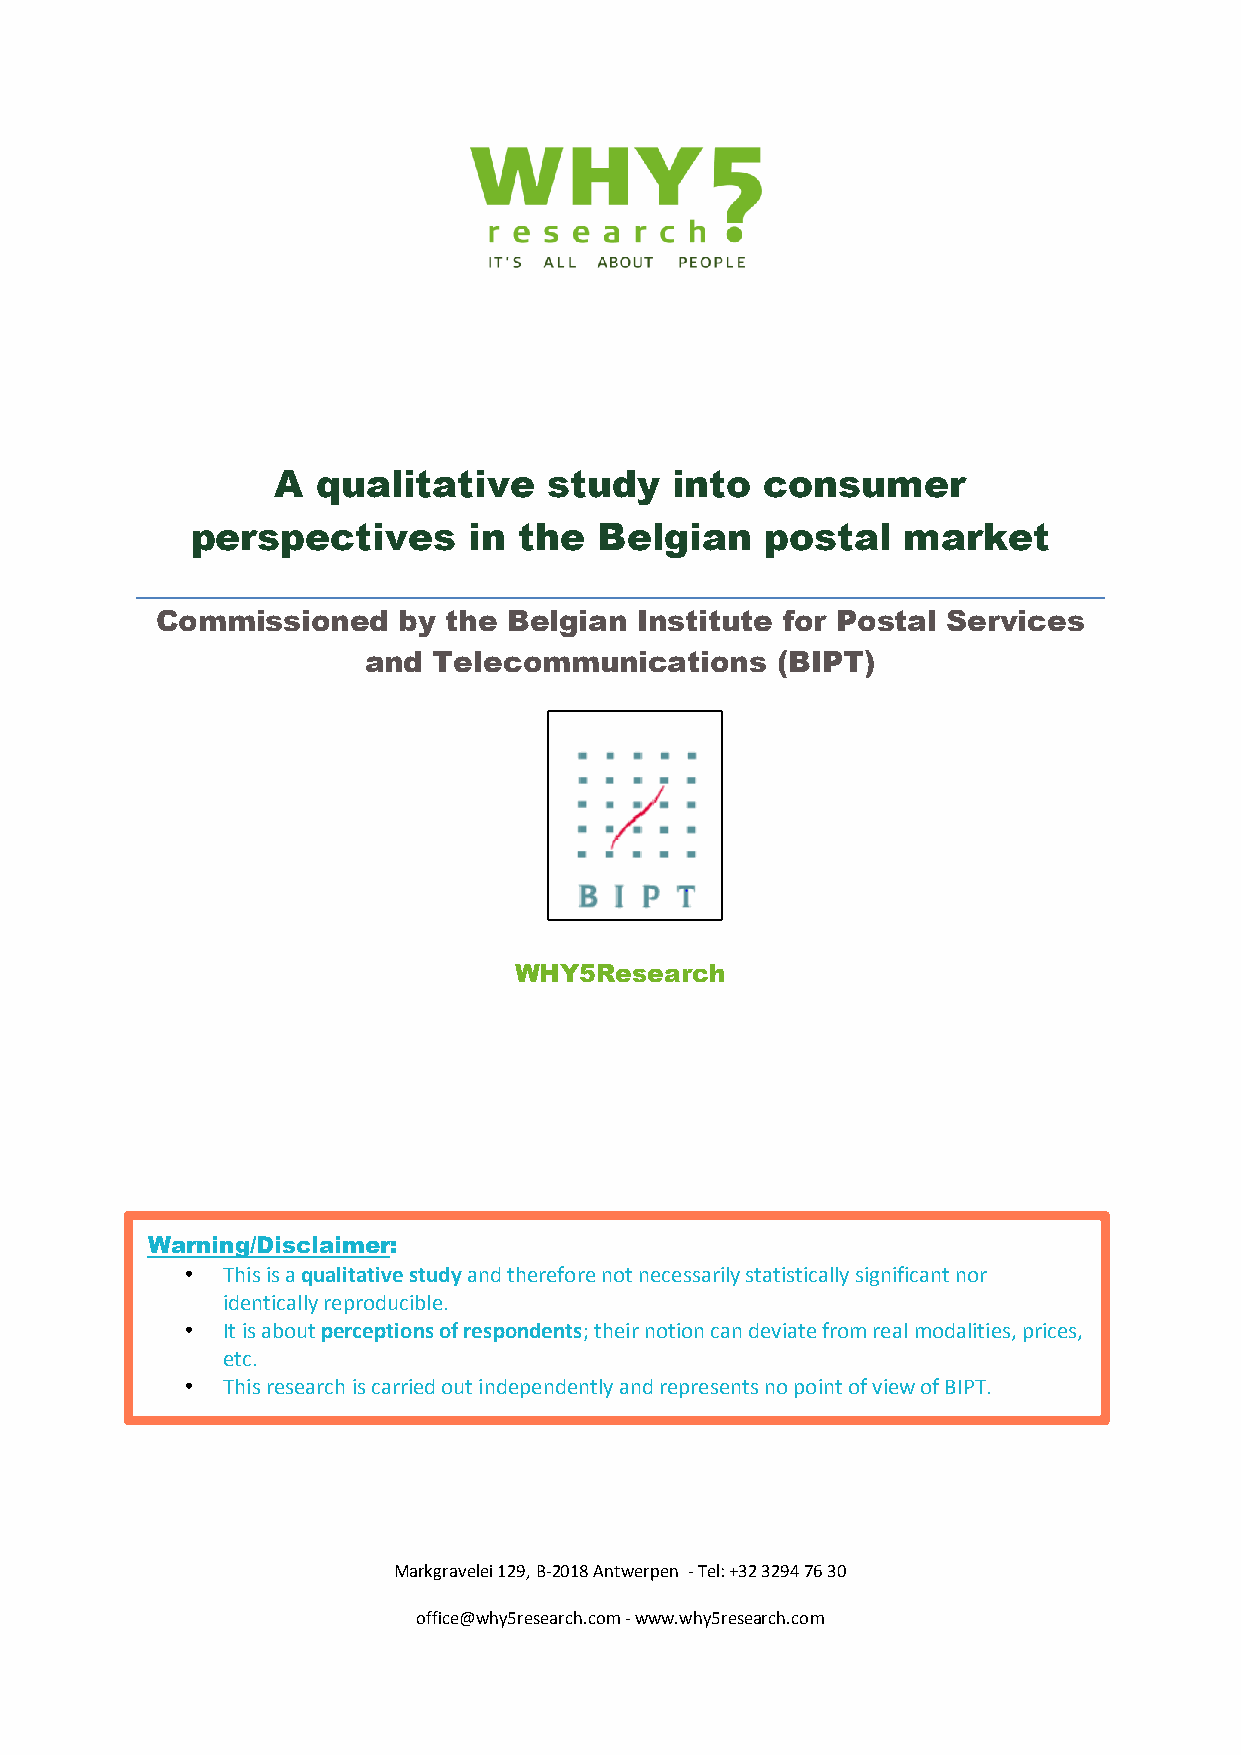
A  qualitative    study    into  consumer
 perspectives      in the   Belgian    postal   market
 Commissioned    by  the Belgian Institute for Postal Services
 and  Telecommunications    (BIPT)
 WHY5Research
 Warning/Disclaimer:
 •  This is a qualitative study and therefore not necessarily statistically significant nor
 identically reproducible.
 •  It is about perceptions of respondents; their notion can deviate from real modalities, prices,
 etc.
 •  This research is carried out independently and represents no point of view of BIPT.
 Markgravelei 129, B-2018 Antwerpen - Tel: +32 3294 76 30
 office@why5research.com - www.why5research.com